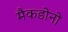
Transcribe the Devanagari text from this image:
मैकडोनो